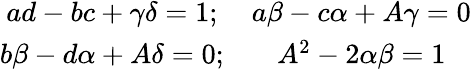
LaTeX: \begin{array}{cc}{{ad-bc+\gamma\delta=1;}}&{{a\beta-c\alpha+A\gamma=0}}\\ {{b\beta-d\alpha+A\delta=0;}}&{{A^{2}-2\alpha\beta=1}}\end{array}